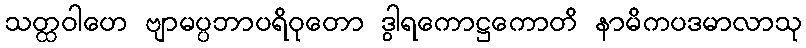
သတ္ထဝါဟေ ဗျာမပ္ပဘာပရိဝုတော ဒွါရကောဋ္ဌကောတိ နာမိကပဒမာလာသု